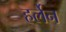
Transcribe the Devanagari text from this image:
हर्लेन